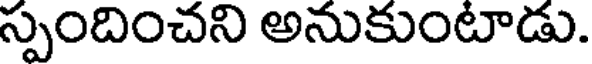
స్పందించని అనుకుంటాడు.